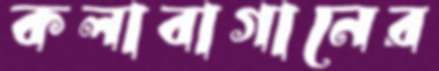
কলাবাগানের